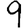
Digit: 9